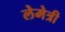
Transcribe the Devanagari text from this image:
लेमेत्री